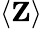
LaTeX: \langle\mathbf Z\rangle